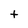
Character: t